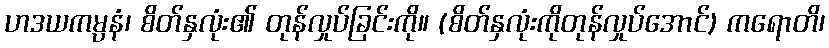
ဟဒယကမ္ပနံ၊ စိတ်နှလုံး၏ တုန်လှုပ်ခြင်းကို။ (စိတ်နှလုံးကိုတုန်လှုပ်အောင်) ကရောတိ၊